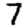
Digit: 7